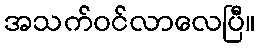
အသက်ဝင်လာလေပြီ။